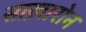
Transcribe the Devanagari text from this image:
साख़ारोन